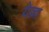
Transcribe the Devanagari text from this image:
येल्ला